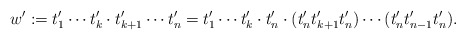
\begin{align*} w' := t'_1\cdots t'_k\cdot t'_{k+1}\cdots t'_n = t'_1 \cdots t'_k \cdot t'_n \cdot (t'_n t'_{k + 1} t'_n) \cdots (t'_n t'_{n - 1} t'_n). \end{align*}